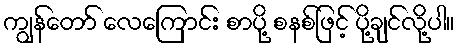
ကျွန်တော် လေကြောင်း စာပို့ စနစ်ဖြင့် ပို့ချင်လို့ပါ။